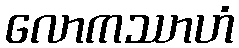
လောကဿာဟံ